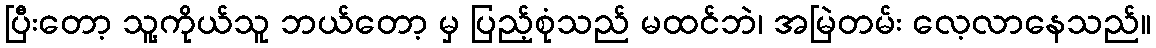
ပြီးတော့ သူ့ကိုယ်သူ ဘယ်တော့ မှ ပြည့်စုံသည် မထင်ဘဲ၊ အမြဲတမ်း လေ့လာနေသည်။